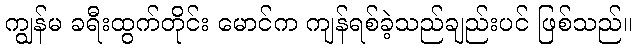
ကျွန်မ ခရီးထွက်တိုင်း မောင်က ကျန်ရစ်ခဲ့သည်ချည်းပင် ဖြစ်သည်။